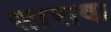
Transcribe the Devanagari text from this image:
सारावा